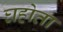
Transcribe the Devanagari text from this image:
घहोता